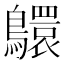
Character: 䴋